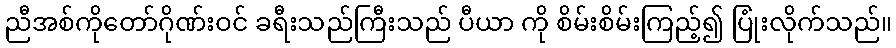
ညီအစ်ကိုတော်ဂိုဏ်းဝင် ခရီးသည်ကြီးသည် ပီယာ ကို စိမ်းစိမ်းကြည့်၍ ပြုံးလိုက်သည်။